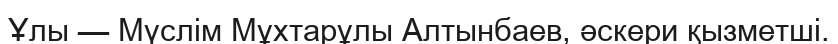
Ұлы — Мүслім Мұхтарұлы Алтынбаев, әскери қызметші.